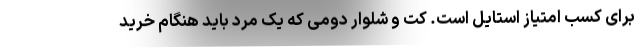
برای کسب امتیاز استایل است. کت و شلوار دومی که یک مرد باید هنگام خرید